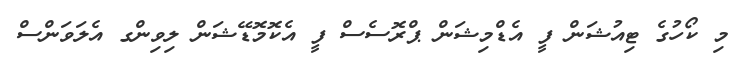
މި ކޯހުގެ ޓިއުޝަން ފީ އެޑްމިޝަން ޕްރޮސެސް ފީ އެކޮމޮޑޭޝަން ލިވިންގ އެލަވަންސް